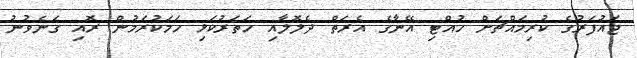
ޖައުފަރުގެ ކުރިމައްޗަށް ހުއްޓި އޭނާގެ އެރަތް ދެލޮލާއި ހަތަރުކަޅި ހަމަކުރަމުން ރޮއި ގަނެވުނު